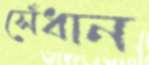
সেঁধান